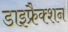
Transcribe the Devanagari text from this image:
डाइफ्रैक्शन